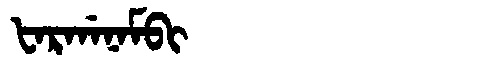
Manchu: ᡶᠠᡵᡤᠠᠨᠠᠮᠪᡳ
Romanization: FARGANAMBI